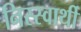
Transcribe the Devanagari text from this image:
निस्स्वार्थी